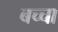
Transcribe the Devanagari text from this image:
बच्‍चा